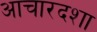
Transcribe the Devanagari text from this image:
आचारदशा